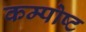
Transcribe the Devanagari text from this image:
कम्पोष्ट